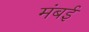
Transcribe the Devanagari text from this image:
मंबई